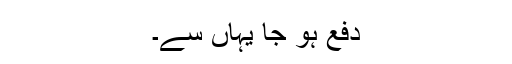
دفع ہو جا یہاں سے۔